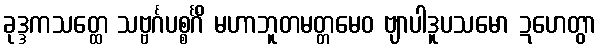
ခုဒ္ဒကသတ္ထေ သဗ္ဗင်္ဂပစ္စင်္ဂိံ မဟာဘူတမတ္တမေဝ ဗျာပါဒူပသမော ဍဟေတွာ